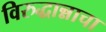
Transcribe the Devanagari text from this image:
विरुद्धान्नाचा